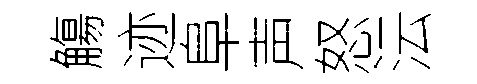
觴迹阜声怒沄